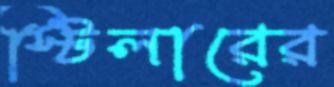
স্টিলারের